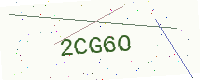
Text: 2CG6O